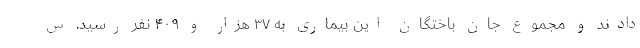
دادند و مجموع جان باختگان این بیماری به ۳۷ هزار و ۴۰۹ نفر رسید. س